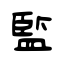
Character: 監